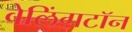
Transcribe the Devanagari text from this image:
वेलिंगटॉन